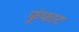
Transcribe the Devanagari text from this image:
फुंफाट